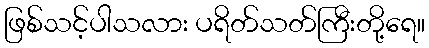
ဖြစ်သင့်ပါသလား ပရိတ်သတ်ကြီးတို့ရေ။